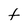
Character: f